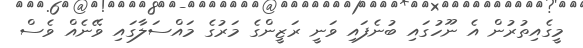
މީގެއިތުރުން އެ ނޫހުގައި ބުނެފައި ވަނީ ރަޒީންގެ މަރުގެ މައްސަލާގައި ވޭނެއް ވެސް